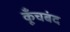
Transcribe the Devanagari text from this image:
कूँचबंद